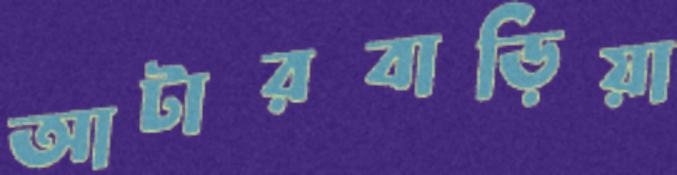
আটারবাড়িয়া